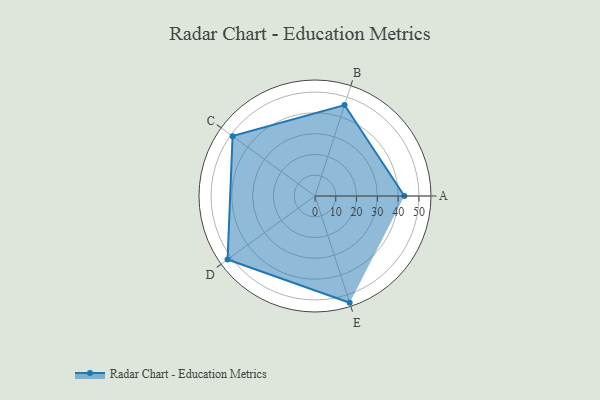
{"axis": {"x": "Skill", "y": "Score"}, "legend": ["Profile"], "data": [{"x": "A", "y": 43.0, "type": "Profile"}, {"x": "B", "y": 46.0, "type": "Profile"}, {"x": "C", "y": 49.0, "type": "Profile"}, {"x": "D", "y": 52.0, "type": "Profile"}, {"x": "E", "y": 54.0, "type": "Profile"}]}